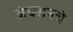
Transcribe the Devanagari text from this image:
जंक्शनचे